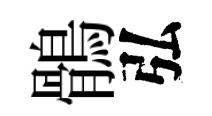
鶻弘